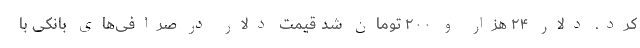
کرد. دلار ۲۴ هزار و ۲۰۰ تومان شد قیمت دلار در صرافی‌های بانکی با